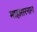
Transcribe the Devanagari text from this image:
माहासरनाग